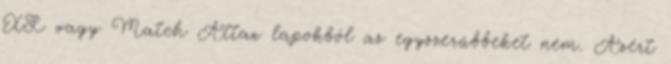
XL vagy Match Attax lapokból az egyszerűbbeket nem. Azért